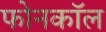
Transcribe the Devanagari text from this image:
फोनकाॅल